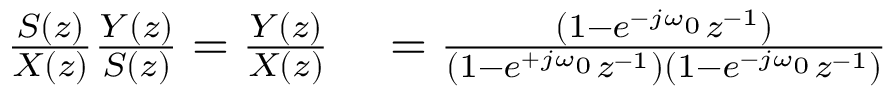
\begin{array} { r l } { { \frac { S ( z ) } { X ( z ) } } { \frac { Y ( z ) } { S ( z ) } } = { \frac { Y ( z ) } { X ( z ) } } } & { { } = { \frac { ( 1 - e ^ { - j \omega _ { 0 } } z ^ { - 1 } ) } { ( 1 - e ^ { + j \omega _ { 0 } } z ^ { - 1 } ) ( 1 - e ^ { - j \omega _ { 0 } } z ^ { - 1 } ) } } } \end{array}